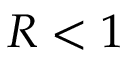
R < 1